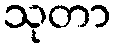
သုတာ